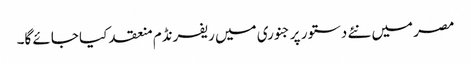
مصر میں نئے دستور پر جنوری میں ریفرنڈم منعقد کیا جائے گا۔